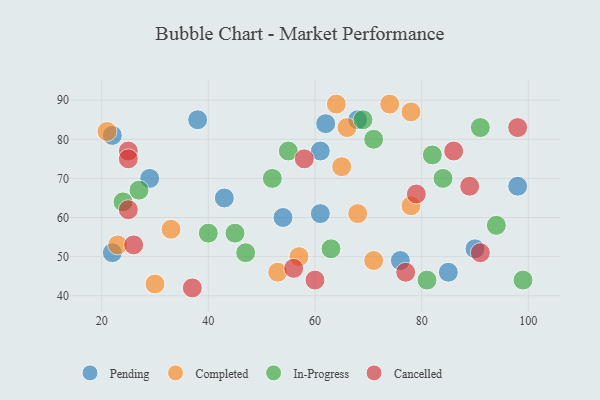
{"axis": {"x": "GDP", "y": "Life Expectancy"}, "legend": ["Cancelled", "Completed", "In-Progress", "Pending"], "data": [{"x": "68", "y": 85, "type": "Pending"}, {"x": "62", "y": 84, "type": "Pending"}, {"x": "90", "y": 52, "type": "Pending"}, {"x": "22", "y": 81, "type": "Pending"}, {"x": "38", "y": 85, "type": "Pending"}, {"x": "98", "y": 68, "type": "Pending"}, {"x": "61", "y": 61, "type": "Pending"}, {"x": "29", "y": 70, "type": "Pending"}, {"x": "61", "y": 77, "type": "Pending"}, {"x": "22", "y": 51, "type": "Pending"}, {"x": "85", "y": 46, "type": "Pending"}, {"x": "43", "y": 65, "type": "Pending"}, {"x": "76", "y": 49, "type": "Pending"}, {"x": "54", "y": 60, "type": "Pending"}, {"x": "64", "y": 89, "type": "Completed"}, {"x": "57", "y": 50, "type": "Completed"}, {"x": "68", "y": 61, "type": "Completed"}, {"x": "33", "y": 57, "type": "Completed"}, {"x": "78", "y": 87, "type": "Completed"}, {"x": "53", "y": 46, "type": "Completed"}, {"x": "30", "y": 43, "type": "Completed"}, {"x": "71", "y": 49, "type": "Completed"}, {"x": "74", "y": 89, "type": "Completed"}, {"x": "66", "y": 83, "type": "Completed"}, {"x": "65", "y": 73, "type": "Completed"}, {"x": "78", "y": 63, "type": "Completed"}, {"x": "23", "y": 53, "type": "Completed"}, {"x": "21", "y": 82, "type": "Completed"}, {"x": "55", "y": 77, "type": "In-Progress"}, {"x": "81", "y": 44, "type": "In-Progress"}, {"x": "94", "y": 58, "type": "In-Progress"}, {"x": "71", "y": 80, "type": "In-Progress"}, {"x": "52", "y": 70, "type": "In-Progress"}, {"x": "24", "y": 64, "type": "In-Progress"}, {"x": "82", "y": 76, "type": "In-Progress"}, {"x": "27", "y": 67, "type": "In-Progress"}, {"x": "47", "y": 51, "type": "In-Progress"}, {"x": "84", "y": 70, "type": "In-Progress"}, {"x": "91", "y": 83, "type": "In-Progress"}, {"x": "69", "y": 85, "type": "In-Progress"}, {"x": "63", "y": 52, "type": "In-Progress"}, {"x": "99", "y": 44, "type": "In-Progress"}, {"x": "45", "y": 56, "type": "In-Progress"}, {"x": "40", "y": 56, "type": "In-Progress"}, {"x": "25", "y": 77, "type": "Cancelled"}, {"x": "86", "y": 77, "type": "Cancelled"}, {"x": "98", "y": 83, "type": "Cancelled"}, {"x": "60", "y": 44, "type": "Cancelled"}, {"x": "25", "y": 75, "type": "Cancelled"}, {"x": "91", "y": 51, "type": "Cancelled"}, {"x": "37", "y": 42, "type": "Cancelled"}, {"x": "79", "y": 66, "type": "Cancelled"}, {"x": "25", "y": 62, "type": "Cancelled"}, {"x": "58", "y": 75, "type": "Cancelled"}, {"x": "26", "y": 53, "type": "Cancelled"}, {"x": "56", "y": 47, "type": "Cancelled"}, {"x": "89", "y": 68, "type": "Cancelled"}, {"x": "77", "y": 46, "type": "Cancelled"}]}